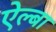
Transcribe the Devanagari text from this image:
ऐल्बा